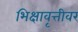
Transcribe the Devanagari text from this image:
भिक्षावृत्तीवर